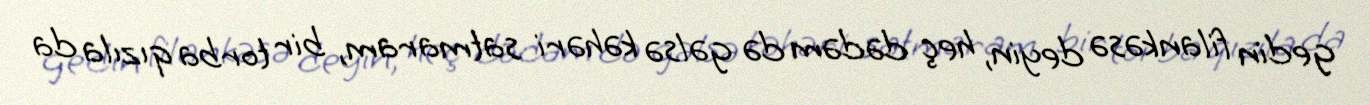
gedin filankəsə deyin, heç dədəm də gəlsə kəhəri satmaram, bir torba qızıla da